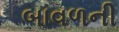
બાવળની